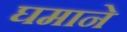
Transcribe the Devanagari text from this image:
घमाने